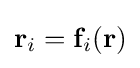
\mathbf {r} _{i}=\mathbf {f} _{i}(\mathbf {r} )